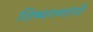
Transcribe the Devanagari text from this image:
शिष्यगणांनी